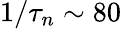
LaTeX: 1/\tau_{n}\sim 80